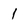
Character: 1